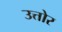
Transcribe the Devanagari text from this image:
उत्तोर